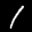
Label: 1